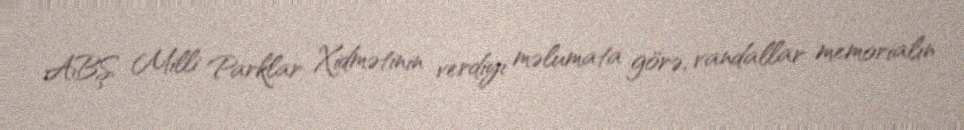
ABŞ Milli Parklar Xidmətinin verdiyi məlumata görə, vandallar memorialın